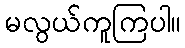
မလွယ်ကူကြပါ။